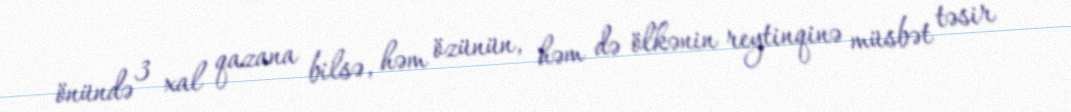
önündə 3 xal qazana bilsə, həm özünün, həm də ölkənin reytinqinə müsbət təsir